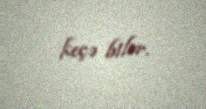
keçə bilər.